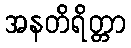
အနတိရိတ္တာ